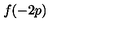
f ( - 2 p )